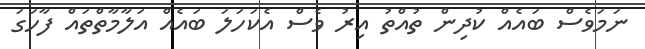
ނަމަވެސް ބައެއް ކުދިން ތުއްތު އިރު ވެސް އެކަހަލަ ބައެއް އަލާމާތްތައް ފާހަގަ